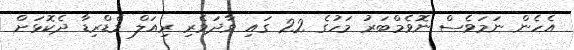
އެހެން ނަމަވެސް ނޮވެމްބަރު މަހުގެ 22 ގައި ވާދަވެރި ރިއަލް މެޑްރިޑާ ދެކޮޅަށް